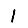
Digit: 1